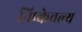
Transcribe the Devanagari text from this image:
निष्केवल्य